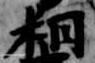
相